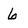
Character: 6